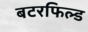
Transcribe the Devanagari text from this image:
बटरफिल्ड